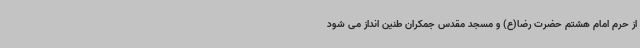
از حرم امام هشتم حضرت رضا(ع) و مسجد مقدس جمکران طنین انداز می شود